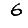
Digit: 6